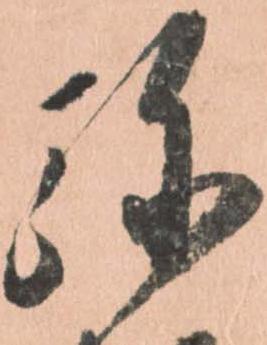
弥